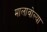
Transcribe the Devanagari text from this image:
मालावोल्या